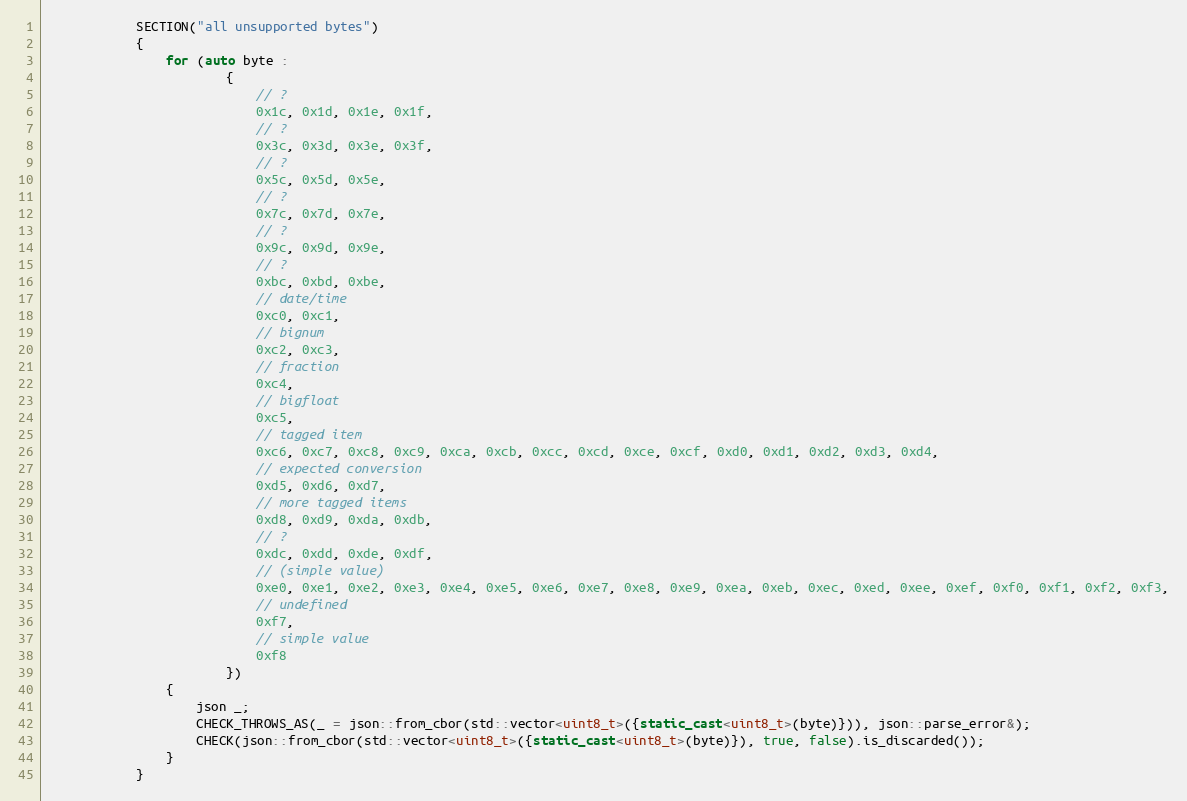
Language: C++
            SECTION("all unsupported bytes")
            {
                for (auto byte :
                        {
                            // ?
                            0x1c, 0x1d, 0x1e, 0x1f,
                            // ?
                            0x3c, 0x3d, 0x3e, 0x3f,
                            // ?
                            0x5c, 0x5d, 0x5e,
                            // ?
                            0x7c, 0x7d, 0x7e,
                            // ?
                            0x9c, 0x9d, 0x9e,
                            // ?
                            0xbc, 0xbd, 0xbe,
                            // date/time
                            0xc0, 0xc1,
                            // bignum
                            0xc2, 0xc3,
                            // fraction
                            0xc4,
                            // bigfloat
                            0xc5,
                            // tagged item
                            0xc6, 0xc7, 0xc8, 0xc9, 0xca, 0xcb, 0xcc, 0xcd, 0xce, 0xcf, 0xd0, 0xd1, 0xd2, 0xd3, 0xd4,
                            // expected conversion
                            0xd5, 0xd6, 0xd7,
                            // more tagged items
                            0xd8, 0xd9, 0xda, 0xdb,
                            // ?
                            0xdc, 0xdd, 0xde, 0xdf,
                            // (simple value)
                            0xe0, 0xe1, 0xe2, 0xe3, 0xe4, 0xe5, 0xe6, 0xe7, 0xe8, 0xe9, 0xea, 0xeb, 0xec, 0xed, 0xee, 0xef, 0xf0, 0xf1, 0xf2, 0xf3,
                            // undefined
                            0xf7,
                            // simple value
                            0xf8
                        })
                {
                    json _;
                    CHECK_THROWS_AS(_ = json::from_cbor(std::vector<uint8_t>({static_cast<uint8_t>(byte)})), json::parse_error&);
                    CHECK(json::from_cbor(std::vector<uint8_t>({static_cast<uint8_t>(byte)}), true, false).is_discarded());
                }
            }